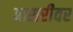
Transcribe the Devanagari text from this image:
बासरीवर